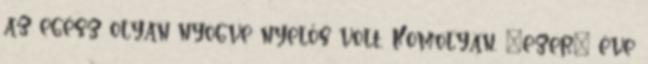
az egész olyan nyögve nyelős volt. Komolyan, “ezer” éve